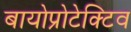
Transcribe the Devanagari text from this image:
बायोप्रोटेक्टिव